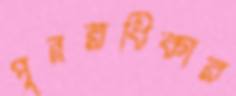
পুনরধিকার